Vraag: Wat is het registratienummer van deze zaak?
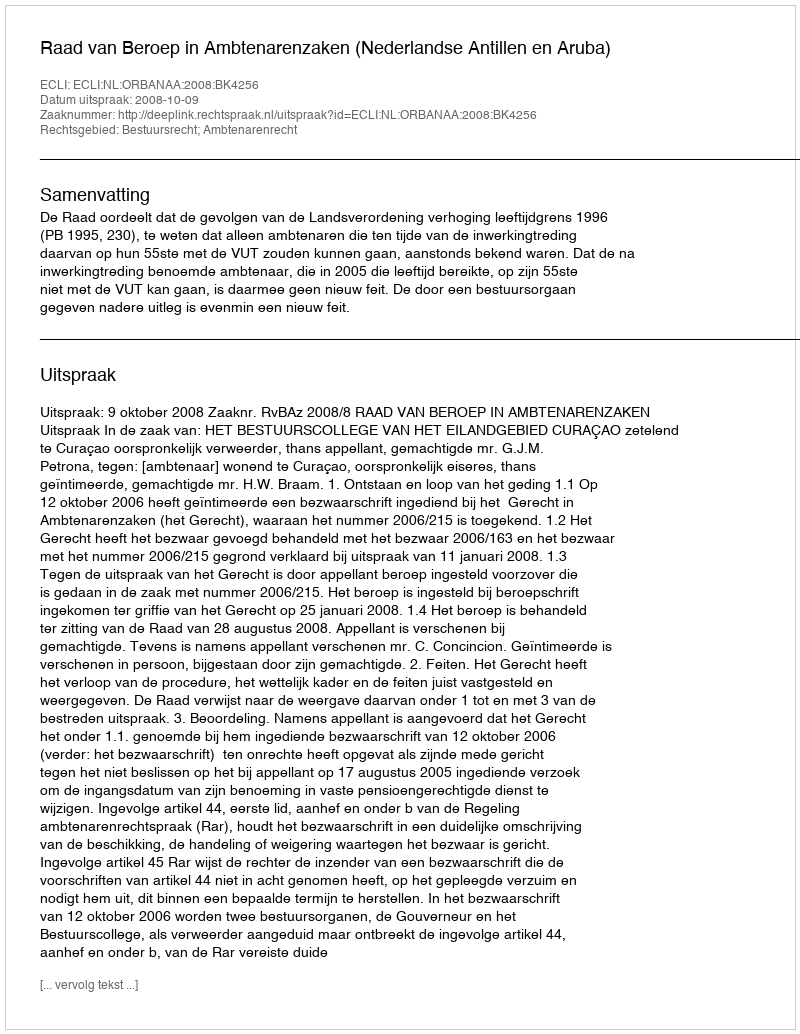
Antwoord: http://deeplink.rechtspraak.nl/uitspraak?id=ECLI:NL:ORBANAA:2008:BK4256